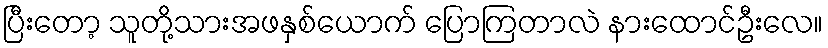
ပြီးတော့ သူတို့သားအဖနှစ်ယောက် ပြောကြတာလဲ နားထောင်ဦးလေ။